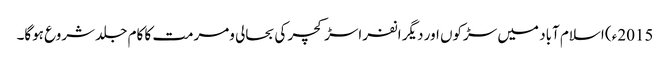
2015ء) اسلام آباد میں سڑکوں اور دیگر انفراسڑکچر کی بحالی ومرمت کا کام جلد شروع ہوگا۔